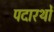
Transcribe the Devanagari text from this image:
पदारथों